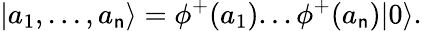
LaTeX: |a_{1},...,a_{\mathsf{n}}\rangle=\phi^{+}(a_{1})...\phi^{+}(a_{\mathsf{n}})|0\rangle.